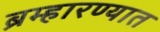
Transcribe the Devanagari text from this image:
ब्रम्हारण्यात